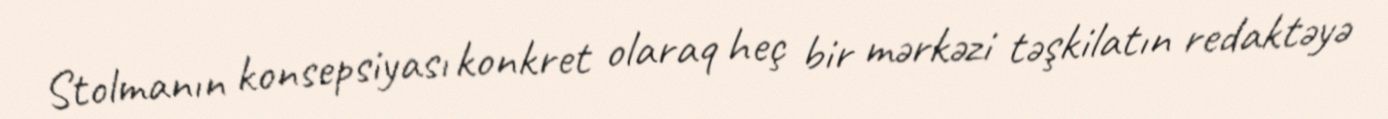
Stolmanın konsepsiyası konkret olaraq heç bir mərkəzi təşkilatın redaktəyə